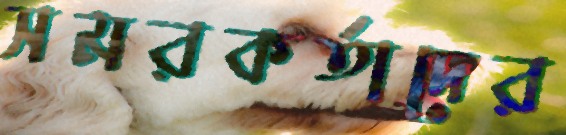
সমরকর্তাদের